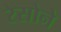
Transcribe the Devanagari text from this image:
रेसोने